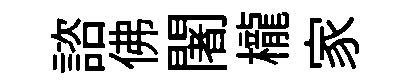
諮佛闍櫳家